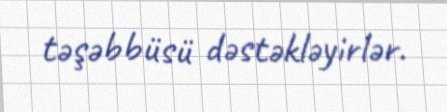
təşəbbüsü dəstəkləyirlər.